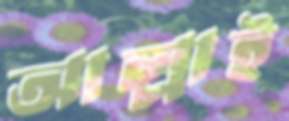
আল্লাই